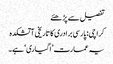
تفصیل سے پڑھئے
کراچی: پارسی برادری کا تاریخی آتشکدہ
یہ عمارت ’اگیاری‘ ہے۔